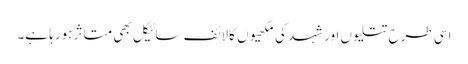
اسی طرح تتلیوں اور شہد کی مکھیوں کا لائف سائیکل بھی متاثر ہورہا ہے۔